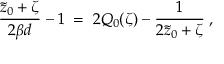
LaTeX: { \frac { \tilde { z } _ { 0 } + \zeta } { 2 \beta d } } - 1 \; = \; 2 Q _ { 0 } ( \zeta ) - { \frac { 1 } { 2 \tilde { z } _ { 0 } + \zeta } } \; ,